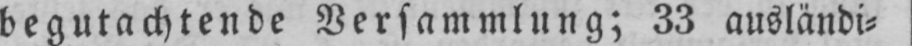
begutachtende Versammlung; 33 ausländi⸗